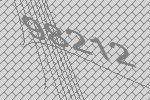
98212